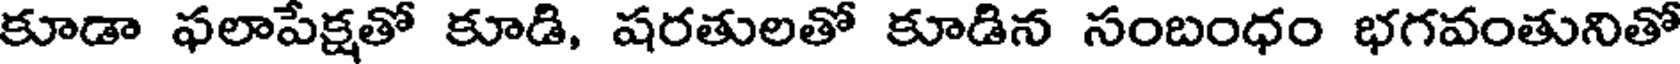
కూడా ఫలాపేక్షతో కూడి, షరతులతో కూడిన సంబంధం భగవంతునితో